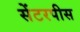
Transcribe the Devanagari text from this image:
सेंटरपीस